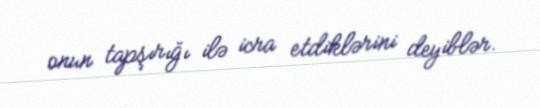
onun tapşırığı ilə icra etdiklərini deyiblər.